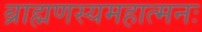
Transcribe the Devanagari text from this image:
ब्राह्मणस्यमहात्मनः